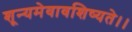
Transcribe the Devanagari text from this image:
शून्यमेवावशिष्यते।।